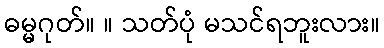
ဓမ္မဂုတ်။ ။ သတ်ပုံ မသင်ရဘူးလား။